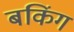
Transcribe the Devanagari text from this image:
बकिंग